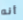
أنه